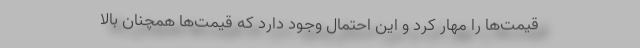
قیمت‌ها را مهار کرد و این احتمال وجود دارد که قیمت‌ها همچنان بالا